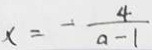
x = - \frac { 4 } { a - 1 }